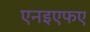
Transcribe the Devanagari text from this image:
एनइएफए